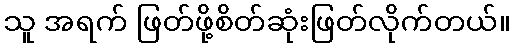
သူ အရက် ဖြတ်ဖို့စိတ်ဆုံးဖြတ်လိုက်တယ်။